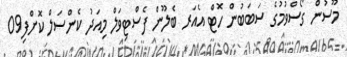
މޫސުން ގޯސްވުމުގެ ސަބަބުން ހޮޓް އެއަރ ބެލޫން ފެސްޓިވަލް މިއަދު ކެންސަލް ކޮށްފި09